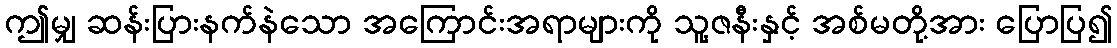
ဤမျှ ဆန်းပြားနက်နဲသော အကြောင်းအရာများကို သူ့ဇနီးနှင့် အစ်မတို့အား ပြောပြ၍